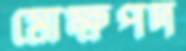
মোক্ষপদ